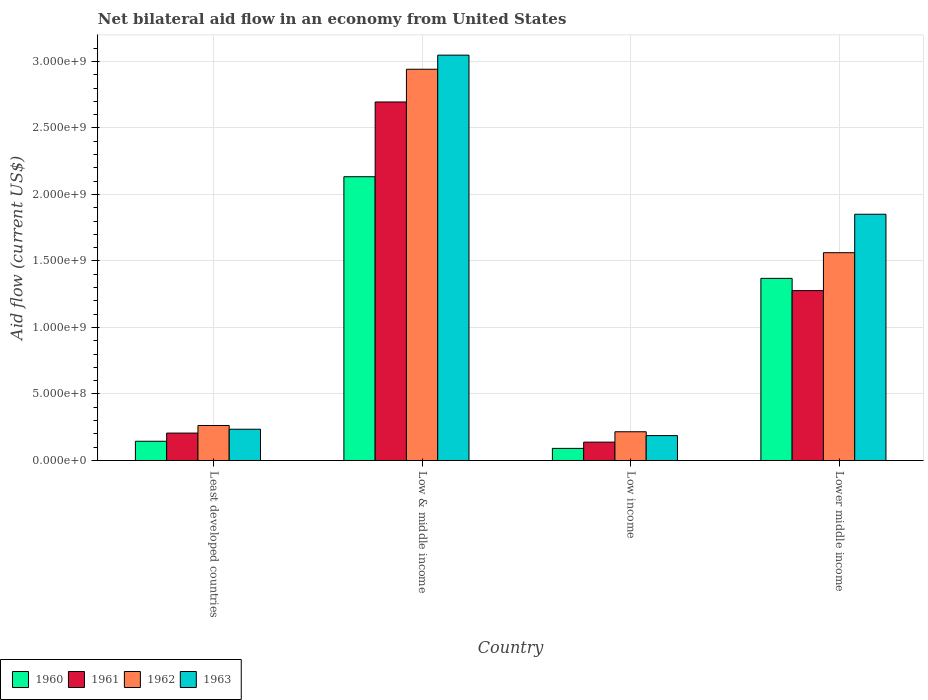
| Country | 1960 | 1961 | 1962 | 1963 |
 | --- | --- | --- | --- | --- |
 | Least developed countries | 1.45e+08 | 2.06e+08 | 2.63e+08 | 2.35e+08 |
 | Low & middle income | 2.13e+09 | 2.7e+09 | 2.94e+09 | 3.05e+09 |
 | Low income | 9.1e+07 | 1.38e+08 | 2.16e+08 | 1.87e+08 |
 | Lower middle income | 1.37e+09 | 1.28e+09 | 1.56e+09 | 1.85e+09 |